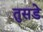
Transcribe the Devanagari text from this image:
तुसडे